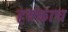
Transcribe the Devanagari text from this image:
हक्काच